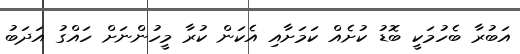
އަބުރާ ބެހުމަކީ ބޮޑު ކުށެއް ކަމަށާއި އެކަން ކުރާ މީހުންނަށް ހައްގު އަދަބު